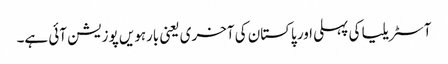
آسٹریلیا کی پہلی اور پاکستان کی آخری یعنی بارہویں پوزیشن آئی ہے۔